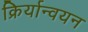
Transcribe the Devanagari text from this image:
क्रिर्यान्वयन